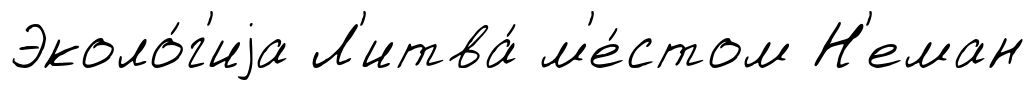
Эколо́г'иjа Л'итва́ м'е́стом Н'еман